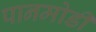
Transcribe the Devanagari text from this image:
पानमोडी